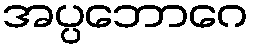
အပ္ပဘောဂေ